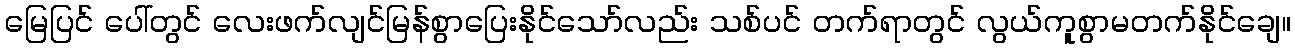
မြေပြင် ပေါ်တွင် လေးဖက်လျင်မြန်စွာပြေးနိုင်သော်လည်း သစ်ပင် တက်ရာတွင် လွယ်ကူစွာမတက်နိုင်ချေ။